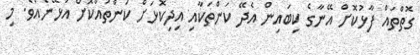
ގޮތްތައް ފާޅުކޮށް އޭނާގެ ކިބައިން އެދޭ ކަންތަކާއި އިދިކޮޅަށް ކަންތައްކޮށް އުޅޭނެއެވެ. މި